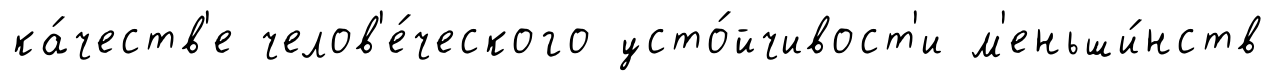
ка́честв'е челов'е́ческого усто́йчивост'и м'еньши́нств